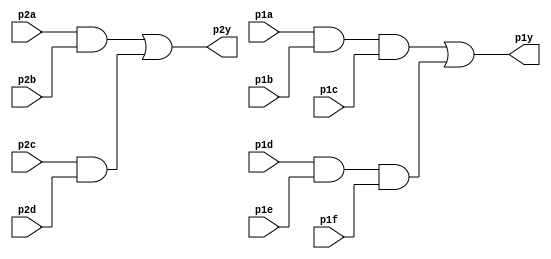
// https://hdlbits.01xz.net/mw/images/e/e1/7458.png

module top_module ( 
    input p1a, p1b, p1c, p1d, p1e, p1f,
    output p1y,
    input p2a, p2b, p2c, p2d,
    output p2y );

    wire and_2a2b;
    wire and_2c2d;
    assign and_2a2b = p2a && p2b;
    assign and_2c2d = p2c && p2d;
    assign p2y = and_2a2b || and_2c2d;

    wire and_1a1b1c;
    wire and_1d1e1f;
    assign and_1a1b1c = p1a && p1b && p1c;
    assign and_1d1e1f = p1d && p1e && p1f;
    assign p1y = and_1a1b1c || and_1d1e1f;
endmodule